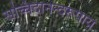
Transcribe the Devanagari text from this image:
सच्चिदानन्दरूपाय